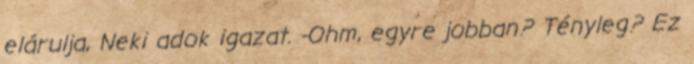
elárulja, Neki adok igazat. -Ohm, egyre jobban? Tényleg? Ez